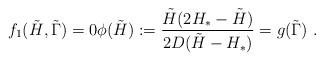
LaTeX: \begin{align*}f_1(\tilde{H},\tilde{\Gamma}) = 0 \phi(\tilde{H}) := \frac{\tilde{H} (2 H_*-\tilde{H})}{2D (\tilde{H}-H_*)} = g(\tilde{\Gamma})\ . \end{align*}